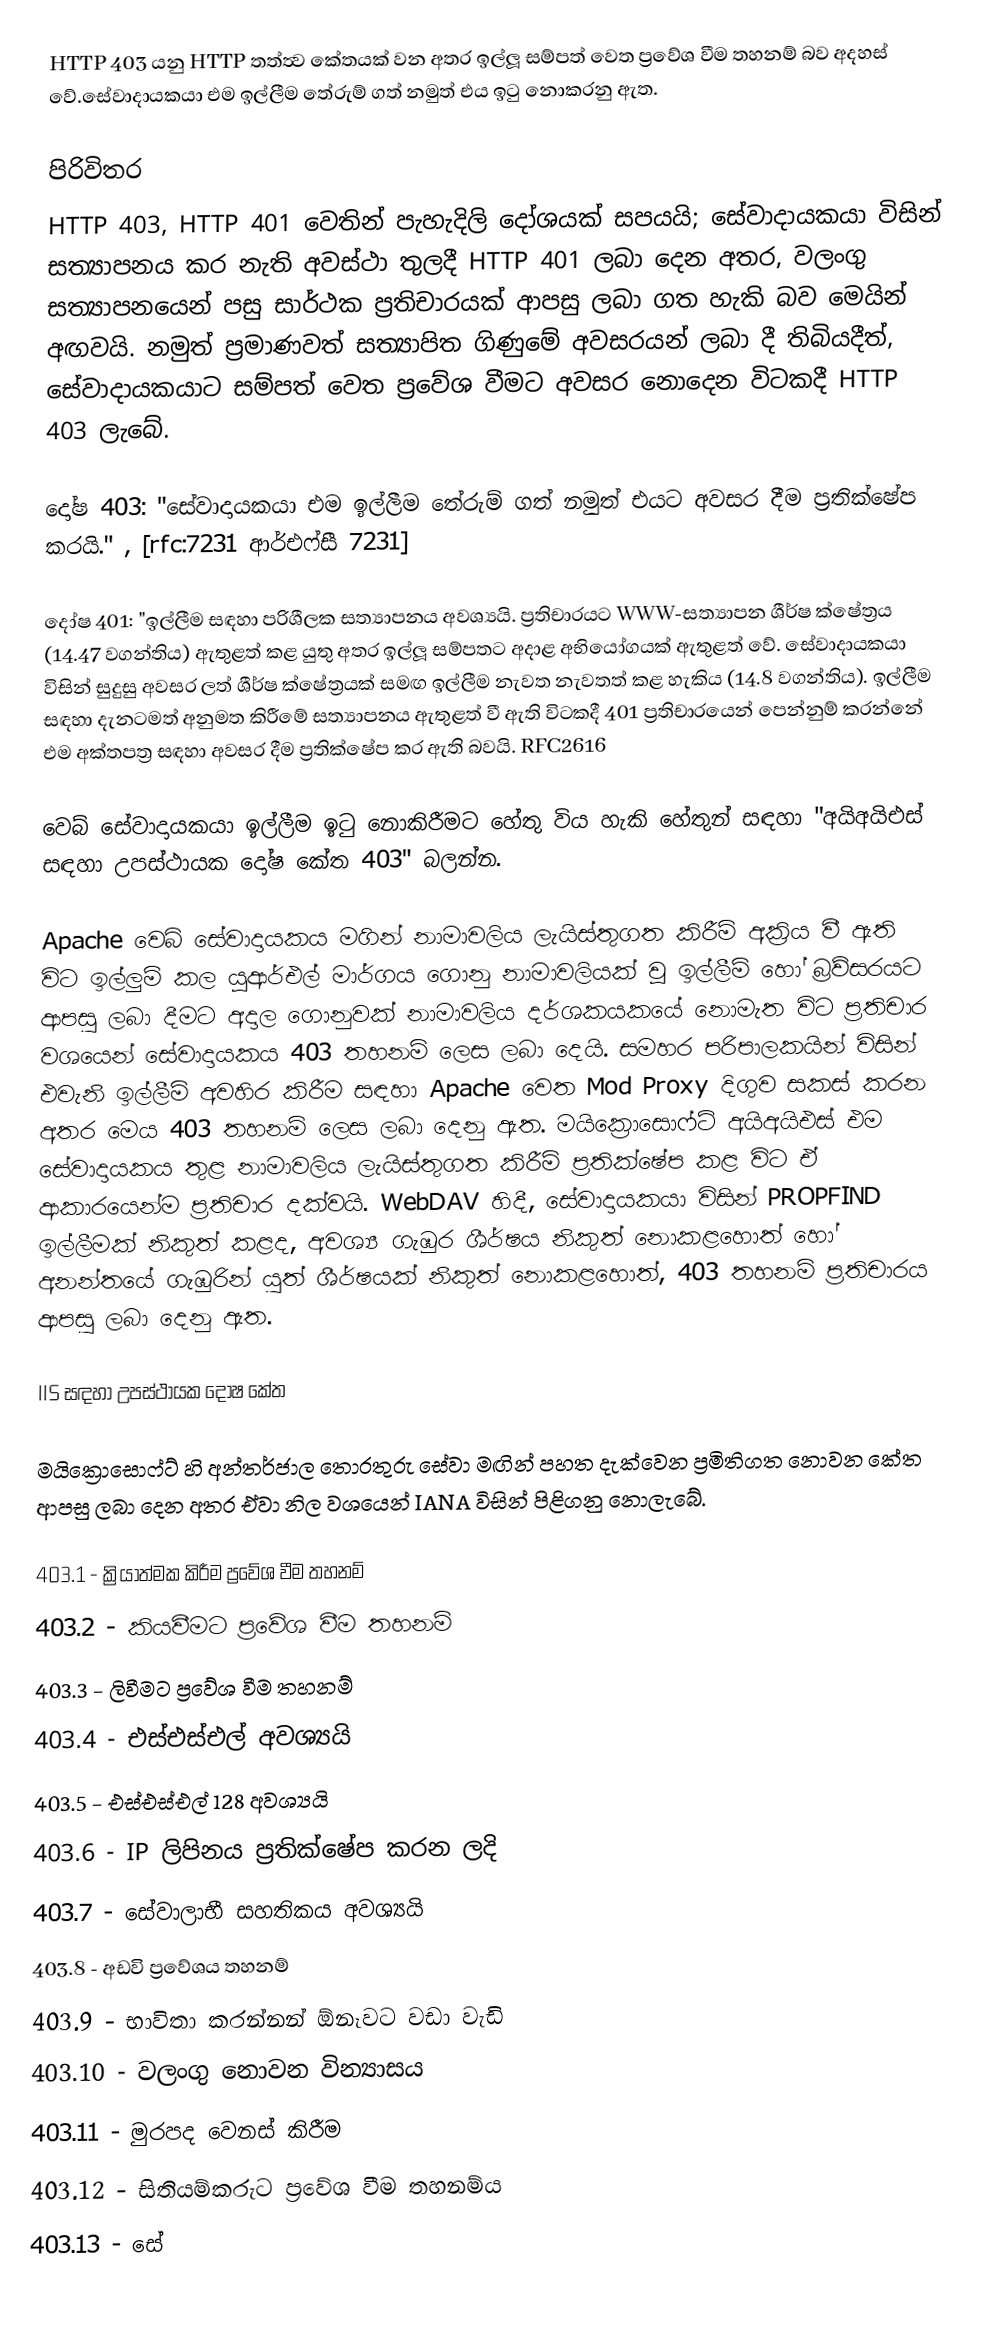
HTTP 403 යනු HTTP තත්ත්‍ව කේතයක් වන අතර ඉල්ලූ සම්පත් වෙත ප්‍රවේශ වීම තහනම් බව අදහස් වේ.සේවාදායකයා එම ඉල්ලීම තේරුම් ගත් නමුත් එය ඉටු නොකරනු ඇත.

පිරිවිතර
HTTP 403, HTTP 401 වෙතින් පැහැදිලි දෝශයක් සපයයි; සේවාදායකයා විසින් සත්‍යාපනය කර නැති අවස්ථා තුලදී HTTP 401 ලබා දෙන අතර, වලංගු සත්‍යාපනයෙන් පසු සාර්ථක ප්‍රතිචාරයක් ආපසු ලබා ගත හැකි බව මෙයින් අඟවයි. නමුත් ප්‍රමාණවත් සත්‍යාපිත ගිණුමේ අවසරයන් ලබා දී තිබියදීත්, සේවාදායකයාට සම්පත් වෙත ප්‍රවේශ වීමට අවසර නොදෙන විටකදී HTTP 403 ලැබේ.

දෝෂ 403: "සේවාදායකයා එම ඉල්ලීම තේරුම් ගත් නමුත් එයට අවසර දීම ප්‍රතික්ෂේප කරයි." , [rfc:7231 ආර්එෆ්සී 7231]

දෝෂ 401: "ඉල්ලීම සඳහා පරිශීලක සත්‍යාපනය අවශ්‍යයි. ප්‍රතිචාරයට WWW-සත්‍යාපන ශීර්ෂ ක්ෂේත්‍රය (14.47 වගන්තිය) ඇතුළත් කළ යුතු අතර ඉල්ලූ සම්පතට අදාළ අභියෝගයක් ඇතුළත් වේ. සේවාදායකයා විසින් සුදුසු අවසර ලත් ශීර්ෂ ක්ෂේත්‍රයක් සමඟ ඉල්ලීම නැවත නැවතත් කළ හැකිය (14.8 වගන්තිය). ඉල්ලීම සඳහා දැනටමත් අනුමත කිරීමේ සත්‍යාපනය ඇතුළත් වී ඇති විටකදී 401 ප්‍රතිචාරයෙන් පෙන්නුම් කරන්නේ එම අක්තපත්‍ර සඳහා අවසර දීම ප්‍රතික්ෂේප කර ඇති බවයි. RFC2616

වෙබ් සේවාදායකයා ඉල්ලීම ඉටු නොකිරීමට හේතු විය හැකි හේතුන් සඳහා "අයිඅයිඑස් සඳහා උපස්ථායක දෝෂ කේත 403" බලන්න.

Apache වෙබ් සේවාදායකය මගින් නාමාවලිය ලැයිස්තුගත කිරීම් අක්‍රිය වී ඇති විට ඉල්ලුම් කල  යූආර්එල් මාර්ගය ගොනු නාමාවලියක් වූ ඉල්ලීම් හෝ බ්‍රව්සරයට ආපසු ලබා දීමට අදාල ගොනුවක් නාමාවලිය දර්ශකයකයේ නොමැත විට ප්‍රතිචාර වශයෙන් සේවාදායකය 403 තහනම් ලෙස ලබා දෙයි. සමහර පරිපාලකයින් විසින් එවැනි ඉල්ලීම් අවහිර කිරීම සඳහා Apache වෙත Mod Proxy දිගුව සකස් කරන අතර මෙය 403 තහනම් ලෙස ලබා දෙනු ඇත. මයික්‍රොසොෆ්ට් අයිඅයිඑස් එම සේවාදායකය තුළ නාමාවලිය ලැයිස්තුගත කිරීම් ප්‍රතික්ෂේප කළ විට ඒ ආකාරයෙන්ම ප්‍රතිචාර දක්වයි. WebDAV හිදී, සේවාදායකයා විසින් PROPFIND ඉල්ලීමක් නිකුත් කළද, අවශ්‍ය ගැඹුර ශීර්ෂය නිකුත් නොකළහොත් හෝ අනන්තයේ ගැඹුරින් යුත් ශීර්ෂයක් නිකුත් නොකළහොත්, 403 තහනම් ප්‍රතිචාරය ආපසු ලබා දෙනු ඇත.

IIS සඳහා උපස්ථායක දෝෂ කේත

මයික්‍රොසොෆ්ට් හි අන්තර්ජාල තොරතුරු සේවා මඟින් පහත දැක්වෙන ප්‍රමිතිගත නොවන කේත ආපසු ලබා දෙන අතර ඒවා නිල වශයෙන් IANA විසින් පිළිගනු නොලැබේ.

 403.1 - ක්‍රියාත්මක කිරීම ප්‍රවේශ වීම තහනම්
 403.2 - කියවීමට ප්‍රවේශ වීම තහනම්
 403.3 - ලිවීමට ප්‍රවේශ වීම තහනම්
 403.4 - එස්එස්එල් අවශ්‍යයි
 403.5 - එස්එස්එල් 128 අවශ්‍යයි
 403.6 - IP ලිපිනය ප්‍රතික්ෂේප කරන ලදි
 403.7 - සේවාලාභී සහතිකය අවශ්‍යයි
 403.8 - අඩවි ප්‍රවේශය තහනම්
 403.9 - භාවිතා කරන්නන් ඕනෑවට වඩා වැඩි
 403.10 - වලංගු නොවන වින්‍යාසය
 403.11 - මුරපද වෙනස් කිරීම
 403.12 - සිතියම්කරුට ප්‍රවේශ වීම තහනම්ය
 403.13 - සේ